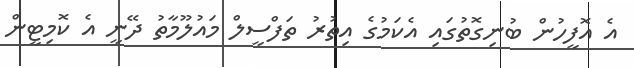
އެ އޮފީހުން ބުނިގޮތުގައި އެކަމުގެ އިތުރު ތަފްސީލް މައުލޫމާތު ދޭނީ އެ ކޮމިޓީން